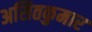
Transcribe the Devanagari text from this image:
असितकुमार